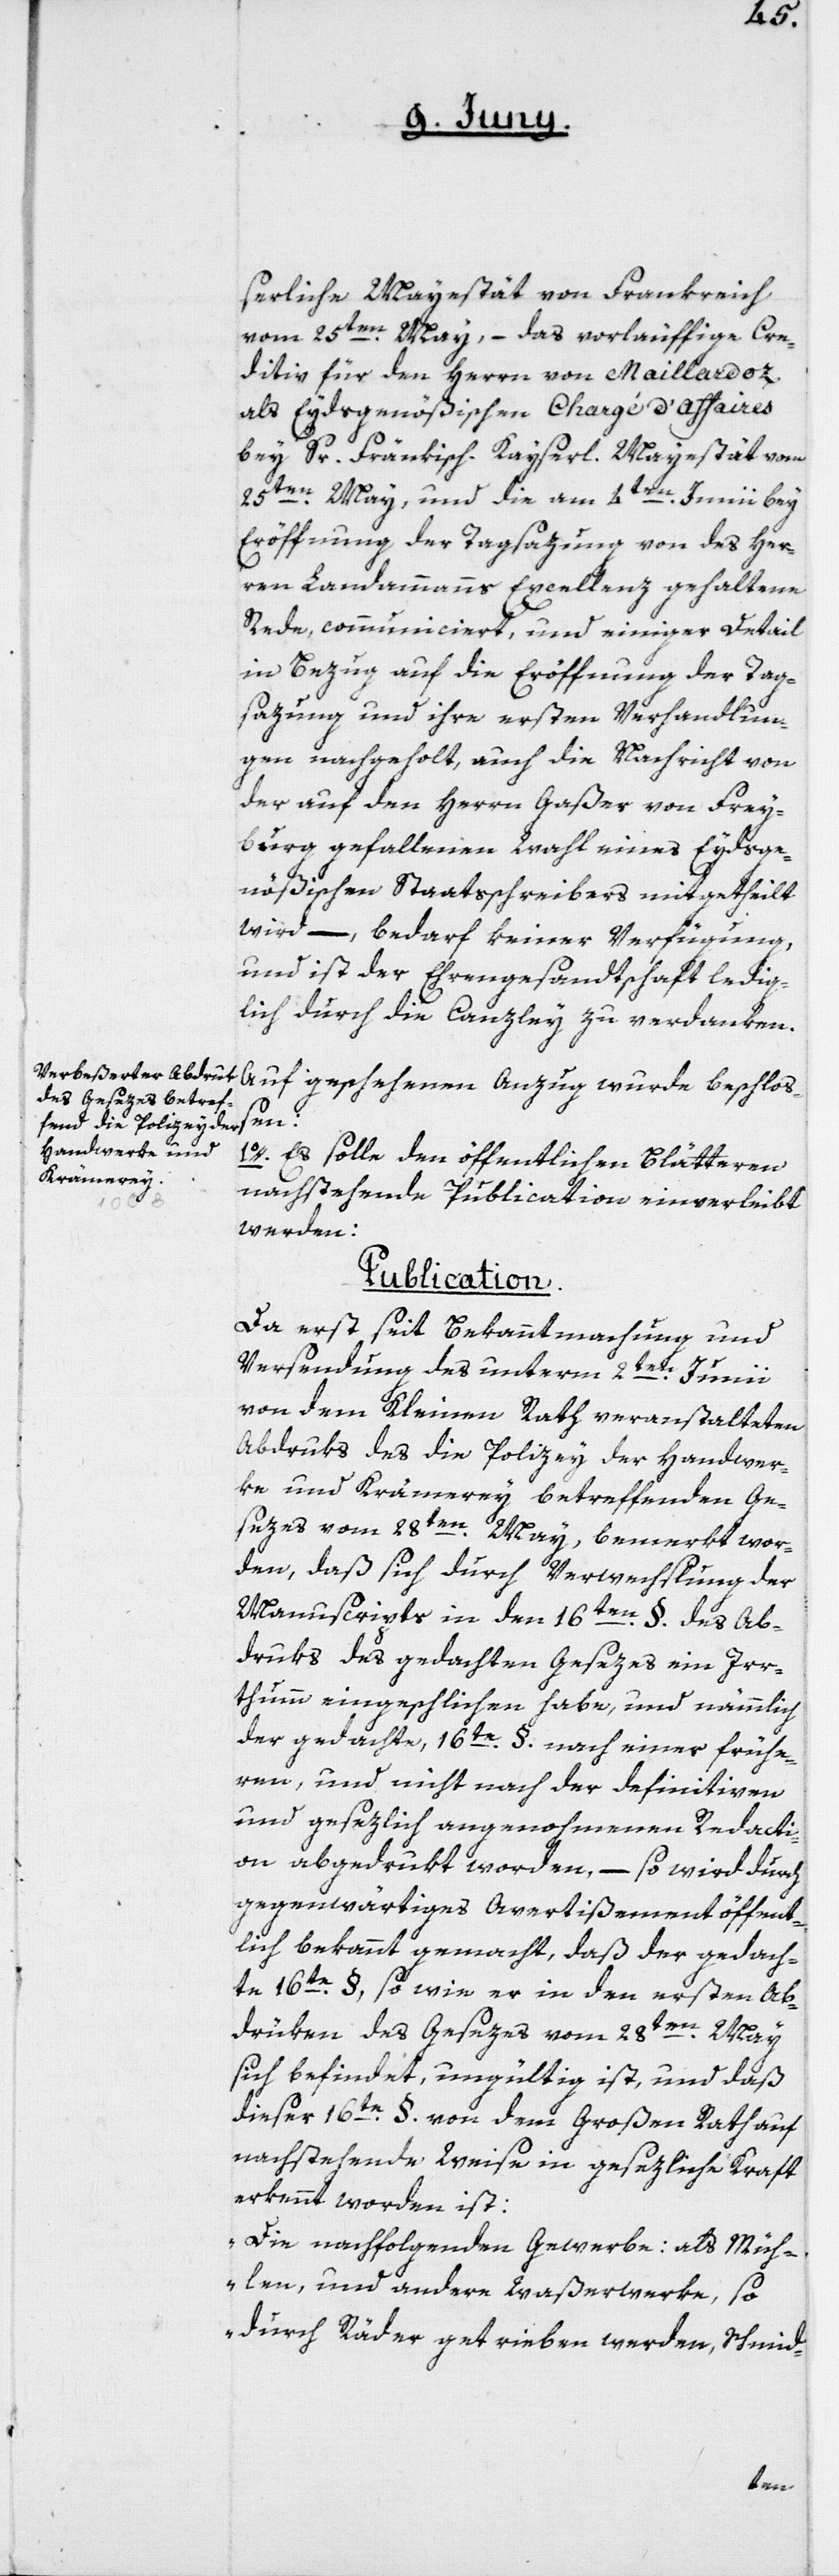
serliche Majestät von Frankreich
vom 25ten May, – das vorläuffige Cre¬
ditiv für den Herrn von Maillardoz
als Eydsgenößischen Chargé d’Affaires
bey Sr. Fränkisch. Kayserl. Majestät vom
25ten May, und die am 4ten Junii bey
Eröffnung der Tagsazung von des Her¬
ren Landammanns Excellenz gehaltene
Rede, communiciert, und einiger Detail
in Bezug auf die Eröffnung der Tag¬
sazung und ihre erste Verhandlun¬
gen nachgeholt, auch die Nachricht von
der auf den Herrn Gaßer von Frey¬
burg gefallenen Wahl eines Eydsge¬
nößischen Staatsschreibers mitgetheilt
wird, – bedarf keiner Verfügung,
und ist der Ehrengesandtschaft ledig¬
lich durch die Canzley zu verdanken.
Auf geschehenen Anzug wurde beschloß¬
en:
1o. Es solle den öffentlichen Blätteren
nachstehende Publication einverleibt
werden:
Publication.
Da erst seit Bekanntmachung und
Versendung des unterm 2ten Junii
von dem Kleinen Rath veranstalteten
Abdruks des die Polizey der Handwer¬
ke und Krämerey betreffenden Ge¬
sezes vom 28ten May, bemerkt wor¬
den, daß sich durch Verwechslung der
Manuscripts in den 16ten §. des Ab¬
druks des gedachten Gesezes ein Irr¬
thumm eingeschlichen habe, und nämmlich
der gedachte 16te §. nach einer frühe¬
ren, und nicht nach der definitiven
und gesezlich angenohmenen Redacti¬
on abgedrukt worden, – so wird durch
gegenwärtiges Avertißement öffent¬
lich bekannt gemacht, daß der gedach¬
te 16ten §, so wie er in den ersten Ab¬
drüken des Gesezes vom 28ten May
sich befindet, ungültig ist, und daß
dieser 16te §. von dem Großen Rath auf
nachstehende Weise in gesezliche Kraft
erkennt worden ist:
„Die nachfolgenden Gewerbe: als Müh¬
len, und andere Waßerwerke, so
durch Räder getrieben werden, Schmid-